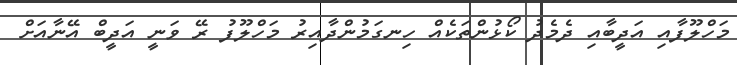
މަހްލޫފާއި އަދީބާއި ދެމެދު ކޯޅުންތަކެއް ހިނގަމުންދާއިރު މަހްލޫފު ރޭ ވަނީ އަދީބް އޭނާއަށް